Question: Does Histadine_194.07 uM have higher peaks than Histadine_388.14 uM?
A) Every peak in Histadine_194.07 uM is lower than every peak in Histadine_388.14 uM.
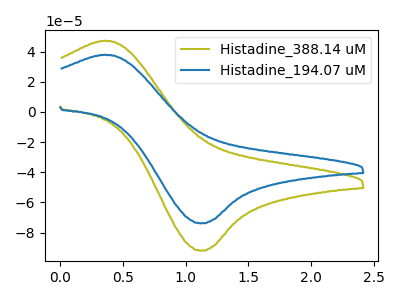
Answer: <think>The olive curve "Histadine_388.14 uM" has an anodic peak at (0.35V, 47.25uA) and a cathodic peak at (1.10V, -92.05uA). The blue curve "Histadine_194.07 uM" has an anodic peak at (0.35V, 37.90uA) and a cathodic peak at (1.10V, -73.90uA).</think>
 <answer>A) Every peak in "Histadine_194.07 uM" is lower than every peak in "Histadine_388.14 uM".</answer>
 <eval>A</eval>